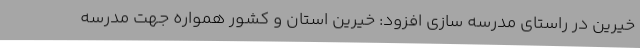
خیرین در راستای مدرسه سازی افزود: خیرین استان و کشور همواره جهت مدرسه